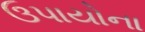
ઉપાયોના